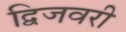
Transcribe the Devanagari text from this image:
द्विजवरी